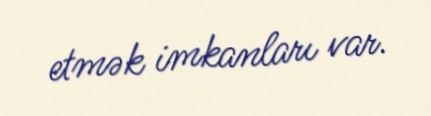
etmək imkanları var.